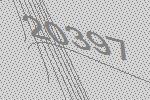
20397